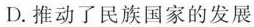
D.推动了民族国家的发展